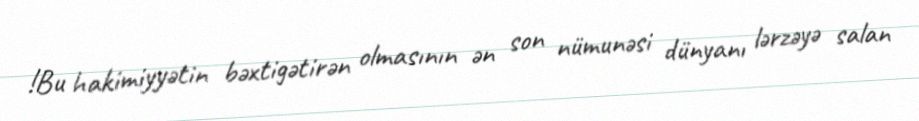
!Bu hakimiyyətin bəxtigətirən olmasının ən son nümunəsi dünyanı lərzəyə salan